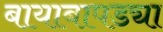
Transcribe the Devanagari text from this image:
बायाबापड्या